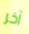
آخر